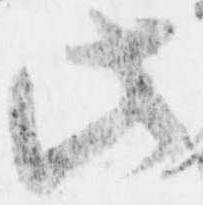
此